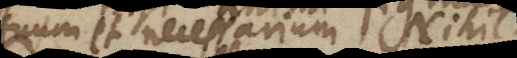
etuum et necessarium Nihil